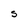
Character: S